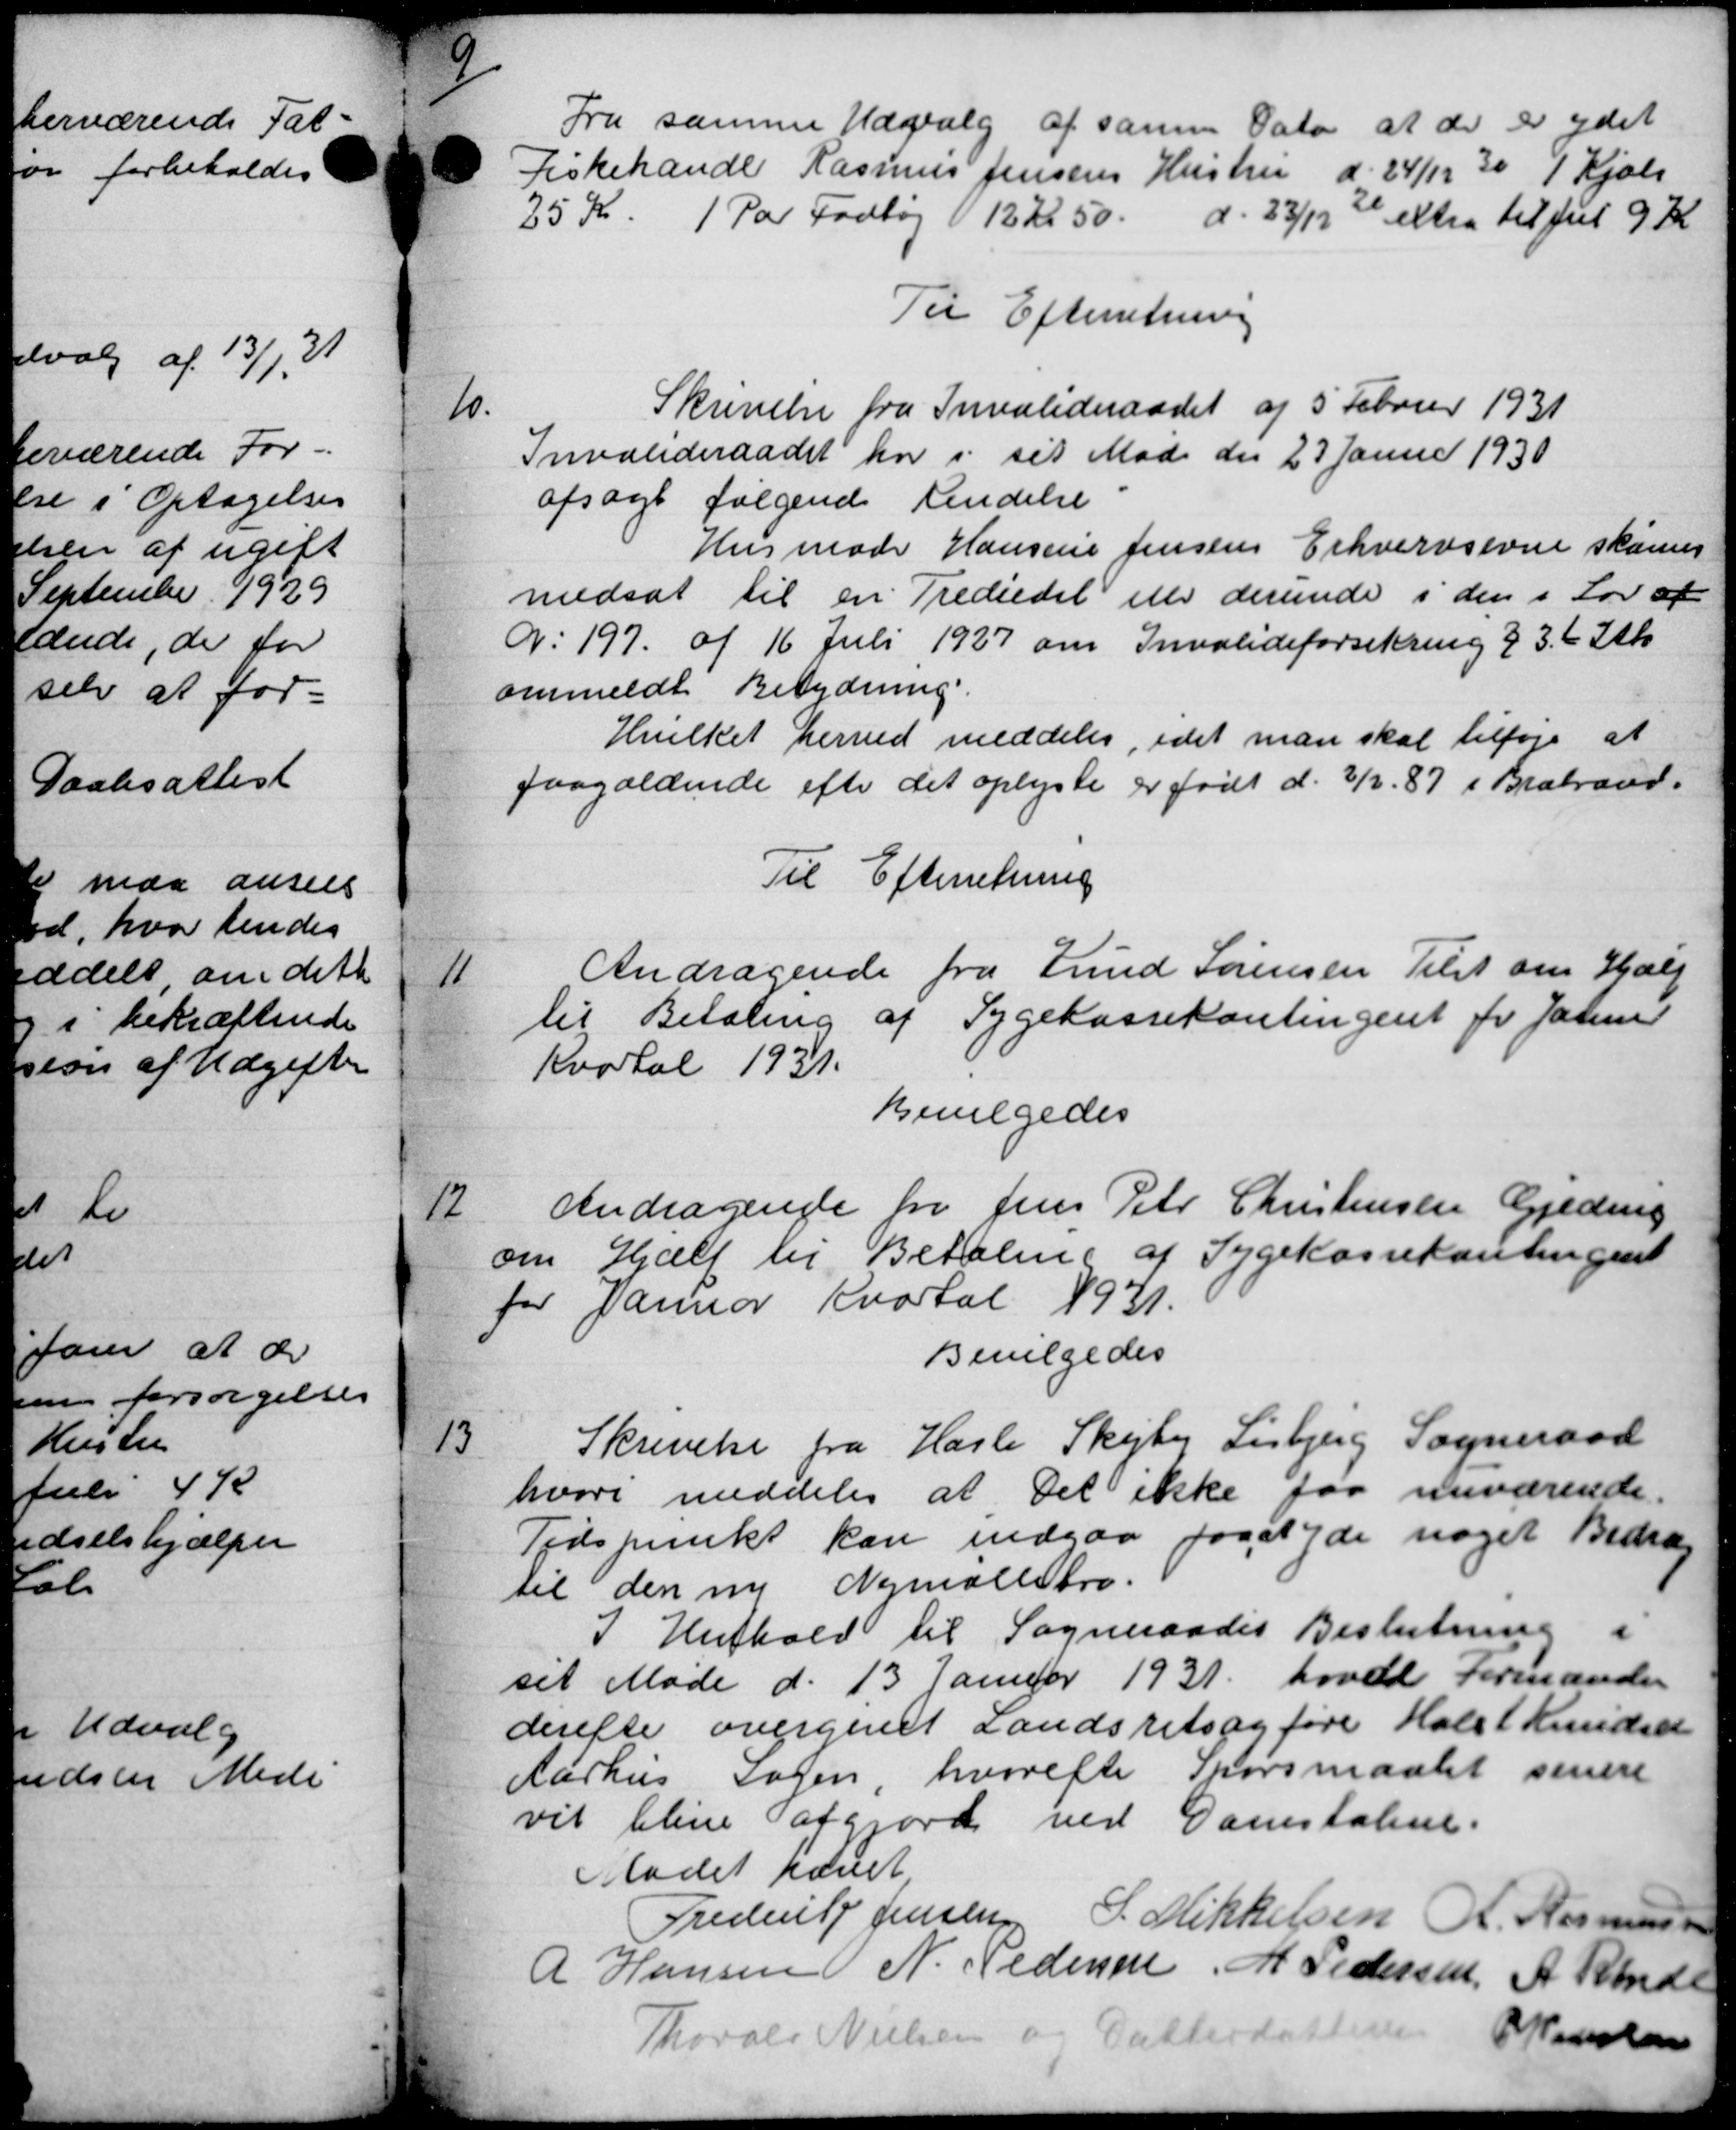
Transskription:
9
Fra samme Udvalg af samme Dato at der er ydet
Fiskehandle Rasmus Jensens Hustru d. 24/12 30 1 Kjøbe
25 Kr. 1 Pa Fodtøj 122,50 d. 23/12 2 extra til Jul 9 Kr.
Til Efterretning
10
Skrivelse fra Invalideraadet af 5 Februar 1931
Invalideraadet har i sit Møde den 27 Januar 1930
afsagt følgende kendelse
Husmoder Hansens Jensens Erhvervsevne skaner
nedsat til en Trediedel elle derunde i den i Lov af
9: 197 af 16 Juli 1927 om Invalideforsikring § 32 Stk
ommeldt Betydning.
Hvilket herved meddeles, idet man skal tilføje at
paagældende efter det oplyste er født d. 3/2- 87 i Brabrand-
Til Efterretning
11
Andragende fra Knud Sørensen Tilst om Hjælp
til Betaling af Sygekassekontingent for Januar
Kvotal 1931.
Bevilgedes
12
Andragende fra Jens Peter Christensen Gjeding
om Hjælp til Betaling af Sygekassekontingens
for Januar Kvartal 1931.
Bevilgedes
13
Skrivelse fra Hasle Skejby Lisbjerg Sogneraad
hvori meddeles at det ikke faa nuværende
Tidspunkt kan indgaa paa at yde noget Bidrag
til den ny Nymallebro.
I Henhold til Sogneraadet Beslutning
set Møde d. 13 Januar 1931 hoved Formanden
derefte overgivet Landsretsagføre Holst Knudsen
Aarhus Sagen, hvorefter Sporsmaalet senere
vil blive afgjord ved Danstalene.
Mødet hævet
Frederik Jensen S. Mikkelsen R. Rasmussen
A Hansen N. Pedersen M Pedersen, A. Rende
P Pedersen
Thorals Nielsen og Da